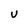
Character: U